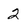
Character: 2